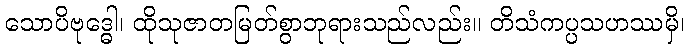
သောပိဗုဒ္ဓေါ၊ ထိုသုဇာတမြတ်စွာဘုရားသည်လည်း။ တိသံကပ္ပသဟဿမှိ၊